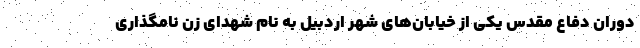
دوران دفاع مقدس یکی از خیابان‌های شهر اردبیل به نام شهدای زن نامگذاری